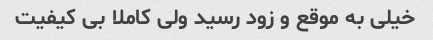
خیلی به موقع و زود رسید ولی کاملا بی کیفیت